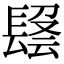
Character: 𨲑